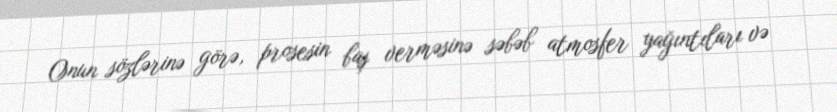
Onun sözlərinə görə, prosesin baş verməsinə səbəb atmosfer yağıntıları və